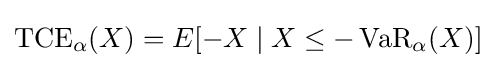
\operatorname {TCE} _{\alpha }(X)=E[-X\mid X\leq -\operatorname {VaR} _{\alpha }(X)]